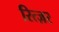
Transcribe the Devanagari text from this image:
रित्ज़र